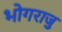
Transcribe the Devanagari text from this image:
भोगराजु